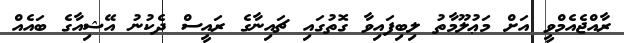
ރާއްޖެއެމްވީ އަށް މަޢުލޫމާތު ލިބިފައިވާ ގޮތުގައި ޗައިނާގެ ރައީސް ދެކުނު އޭޝިއާގެ ބައެއް